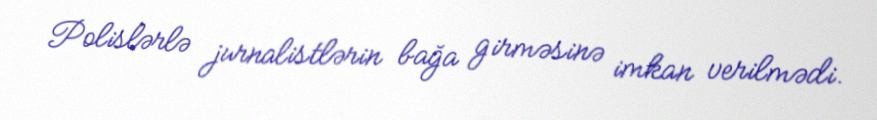
Polislərlə jurnalistlərin bağa girməsinə imkan verilmədi.